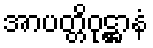
အာပတ္တိဝုဋ္ဌာနံ